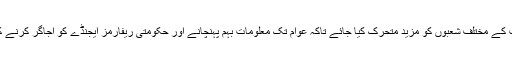
انہوں نے ہدایت کی کہ وزارت اطلاعات کے مختلف شعبوں کو مزید متحرک کیا جائے تاکہ عوام تک معلومات بہم پہنچانے اور حکومتی ریفارمز ایجنڈے کو اجاگر کرنے کے عمل میں مزید بہتری لائی جاسکے۔